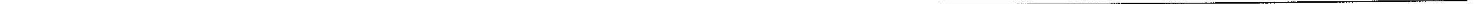
___